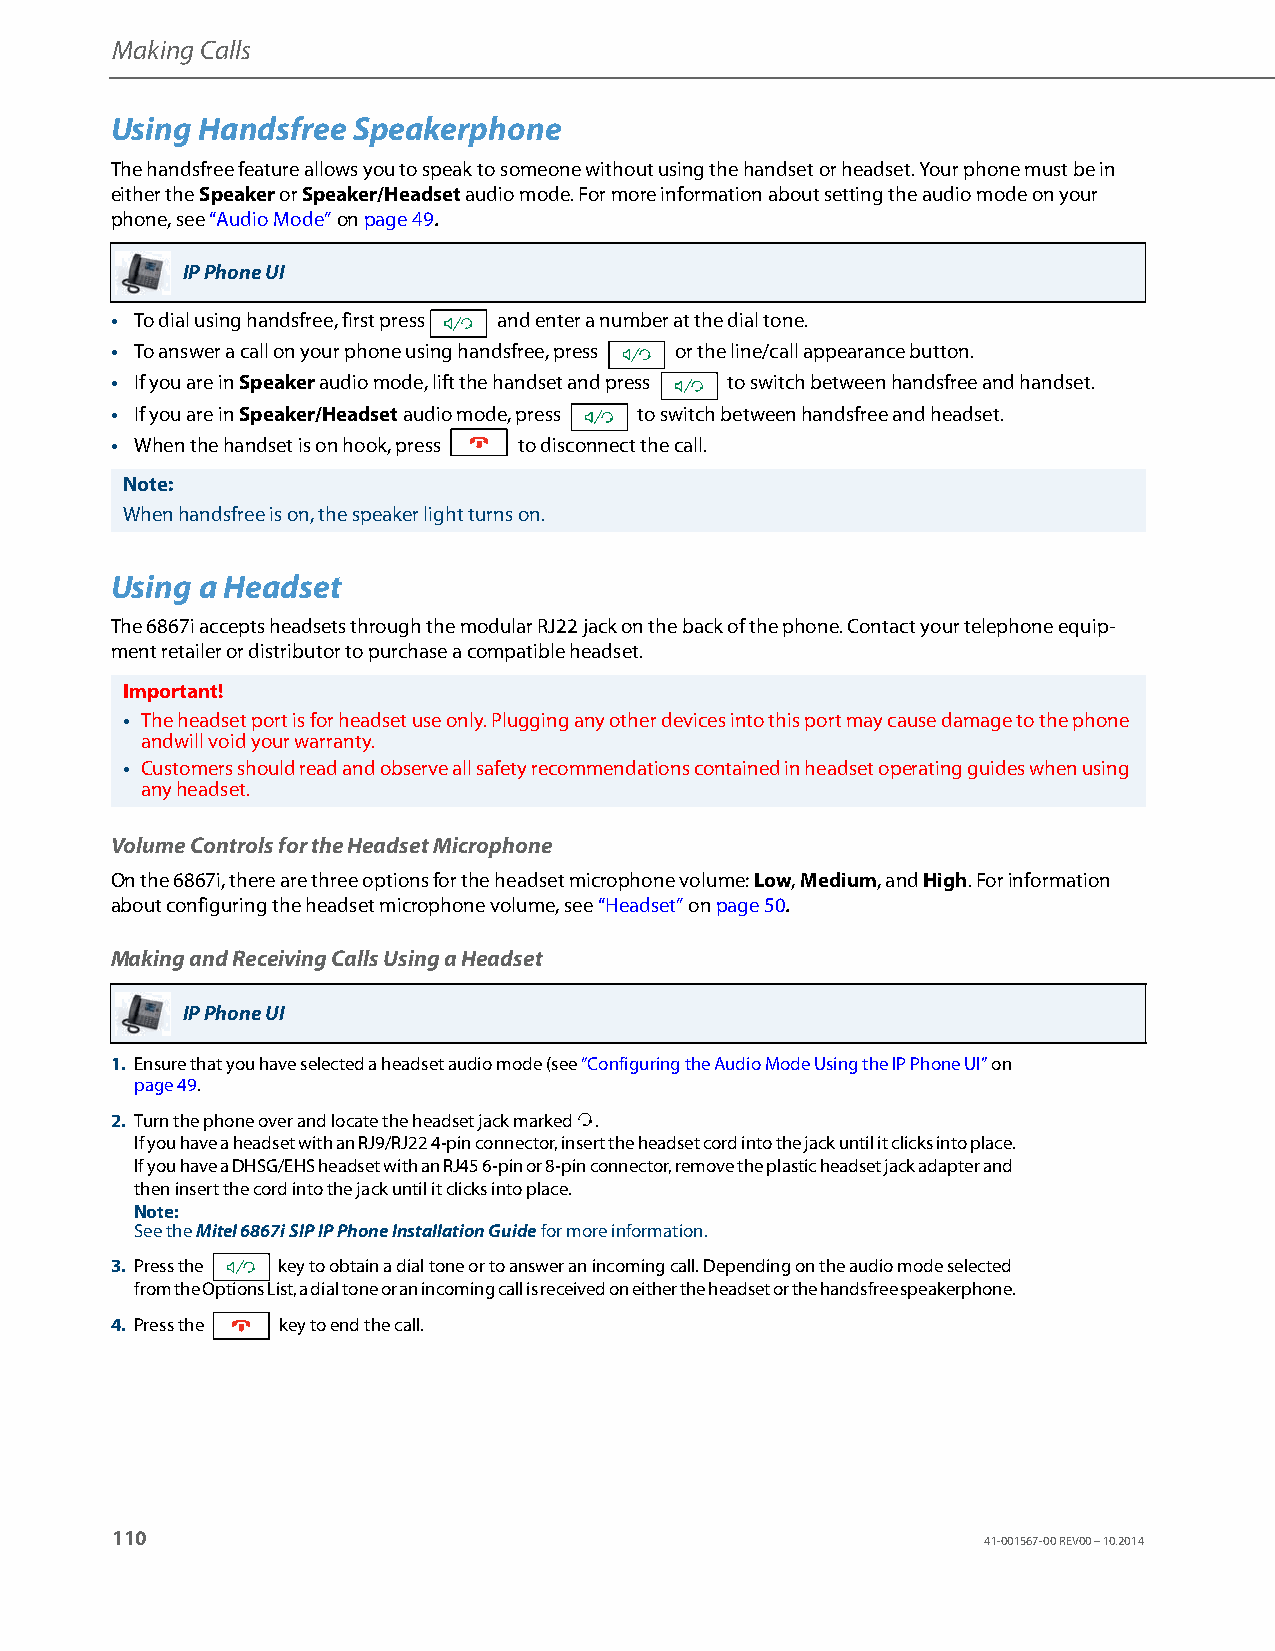
Making Calls
 Using Handsfree Speakerphone
 The handsfree feature allows you to speak to someone without using the handset or headset. Your phone must be in
 either the Speaker or Speaker/Headset audio mode. For more information about setting the audio mode on your
 phone, see “Audio Mode” on page49.
 IP Phone UI
 • To dial using handsfree, first press and enter a number at the dial tone.
 • To answer a call on your phone using handsfree, press or the line/call appearance button.
 • If you are in Speaker audio mode, lift the handset and press to switch between handsfree and handset.
 • If you are in Speaker/Headset audio mode, press to switch between handsfree and headset.
 • When the handset is on hook, press to disconnect the call.
 Note:
 When handsfree is on, the speaker light turns on.
 Using a Headset
 The 6867i accepts headsets through the modular RJ22 jack on the back of the phone. Contact your telephone equip-
 ment retailer or distributor to purchase a compatible headset.
 Important!
 • The headset port is for headset use only. Plugging any other devices into this port may cause damage to the phone
 andwill void your warranty.
 • Customers should read and observe all safety recommendations contained in headset operating guides when using
 any headset.
 Volume Controls for the Headset Microphone
 On the 6867i, there are three options for the headset microphone volume: Low, Medium, and High. For information
 about configuring the headset microphone volume, see “Headset” on page50.
 Making and Receiving Calls Using a Headset
 IP Phone UI
 1. Ensure that you have selected a headset audio mode (see “Configuring the Audio Mode Using the IP Phone UI” on
 page49.
 2. Turn the phone over and locate the headset jack marked .
 f
 If you have a headset with an RJ9/RJ22 4-pin connector, insert the headset cord into the jack until it clicks into place.
 If you have a DHSG/EHS headset with an RJ45 6-pin or 8-pin connector, remove the plastic headset jack adapter and
 then insert the cord into the jack until it clicks into place.
 Note:
 See the Mitel 6867i SIP IP Phone Installation Guide for more information.
 3. Press the key to obtain a dial tone or to answer an incoming call. Depending on the audio mode selected
 from the Options List, a dial tone or an incoming call is received on either the headset or the handsfree speakerphone.
 4. Press the key to end the call.
 110
 41-001567-00 REV00 – 10.2014